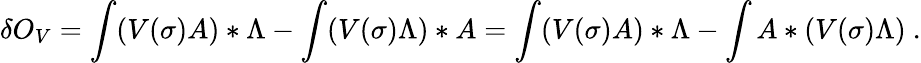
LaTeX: \delta O_{V}=\int(V(\sigma)A)*\Lambda-\int(V(\sigma)\Lambda)*A=\int(V(\sigma)A)*\Lambda-\int A*(V(\sigma)\Lambda)\ .